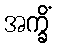
အက္ခိံ